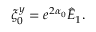
\xi _ { 0 } ^ { y } = e ^ { 2 \alpha _ { 0 } } \hat { E } _ { 1 } .